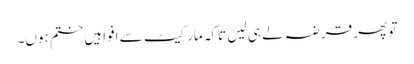
تو پھر قرضہ لے ہی لیں تاکہ مارکیٹ سے افواہیں ختم ہوں۔